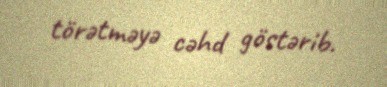
törətməyə cəhd göstərib.